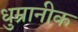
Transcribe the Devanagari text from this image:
धुम्रानीक